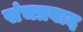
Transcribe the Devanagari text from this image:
संचप्रवाद